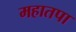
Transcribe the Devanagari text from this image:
महातपा